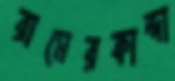
রামেরকান্দা